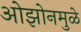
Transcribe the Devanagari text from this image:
ओझोनमुळे